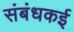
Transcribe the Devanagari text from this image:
संबंधकई